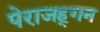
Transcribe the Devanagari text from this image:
पेराजह्गन